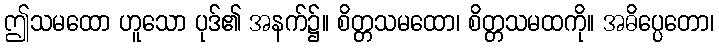
ဤသမထော ဟူသော ပုဒ်၏ အနက်၌။ စိတ္တသမထော၊ စိတ္တသမထကို။ အဓိပ္ပေတော၊